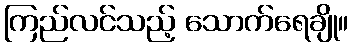
ကြည်လင်သည့် သောက်ရေချို။